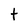
Character: t